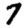
Digit: 7